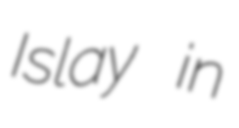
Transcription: Islay in